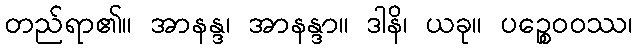
တည်ရာ၏။ အာနန္ဒ၊ အာနန္ဒာ။ ဒါနိ၊ ယခု။ ပဉ္စေဝဝဿ၊